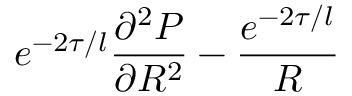
e ^ { - 2 \tau / l } \frac { \partial ^ { 2 } P } { \partial R ^ { 2 } } - \frac { e ^ { - 2 \tau / l } } { R }